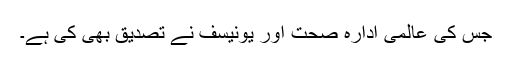
جس کی عالمی ادارہ صحت اور یونیسف نے تصدیق بھی کی ہے۔